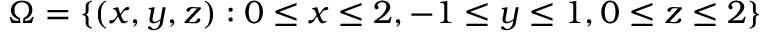
\Omega = \{ ( x , y , z ) : 0 \leq x \leq 2 , - 1 \leq y \leq 1 , 0 \leq z \leq 2 \}